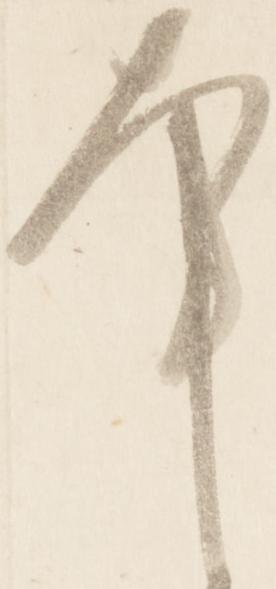
幸